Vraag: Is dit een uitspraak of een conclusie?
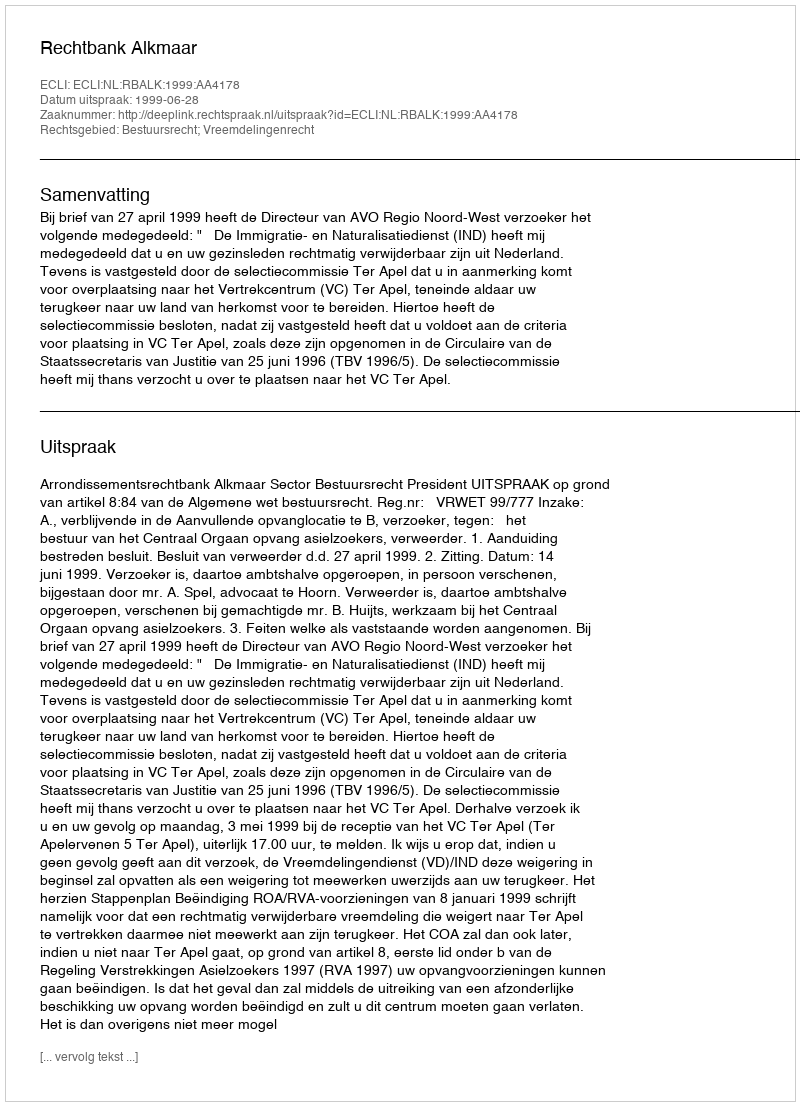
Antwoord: Uitspraak